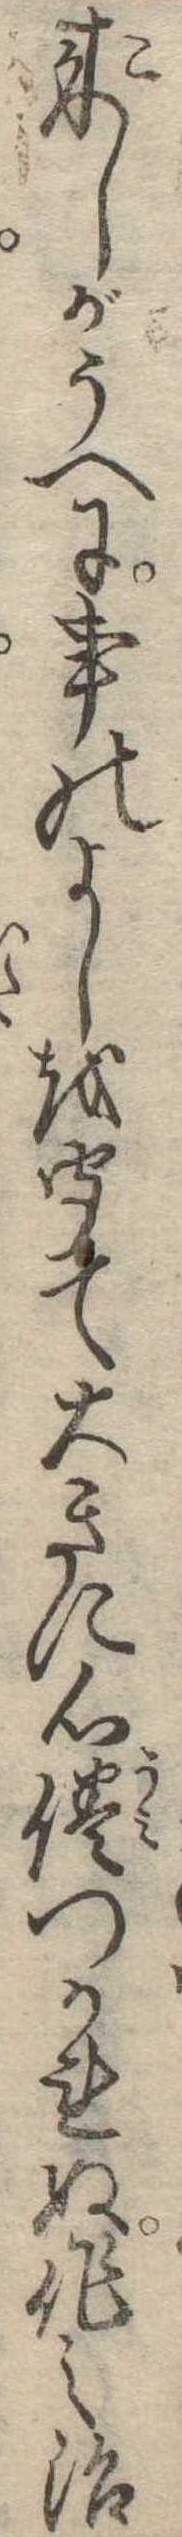
来しがうへに事のよしを聞て大きに心倦つかれぬ作之治